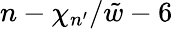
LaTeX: n-\chi_{n^{\prime}}/\tilde{w}-6